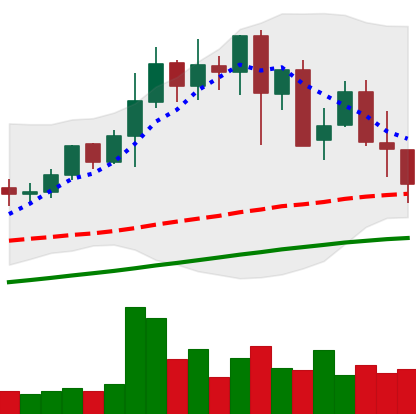
Ticker: LINK-USD
Chart end date: 2021-05-17
Forward return: -37.377%
Label: down_7plus